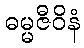
ဓမ္မဇီဝိနံ